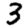
Digit: 3